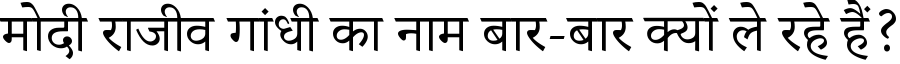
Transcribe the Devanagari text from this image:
मोदी राजीव गांधी का नाम बार-बार क्यों ले रहे हैं?